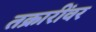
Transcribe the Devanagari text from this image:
तक्रारींवर